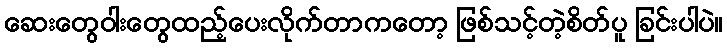
ဆေးတွေဝါးတွေထည့်ပေးလိုက်တာကတော့ ဖြစ်သင့်တဲ့စိတ်ပူ ခြင်းပါပဲ။